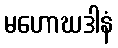
မဟောဃဒါနံ